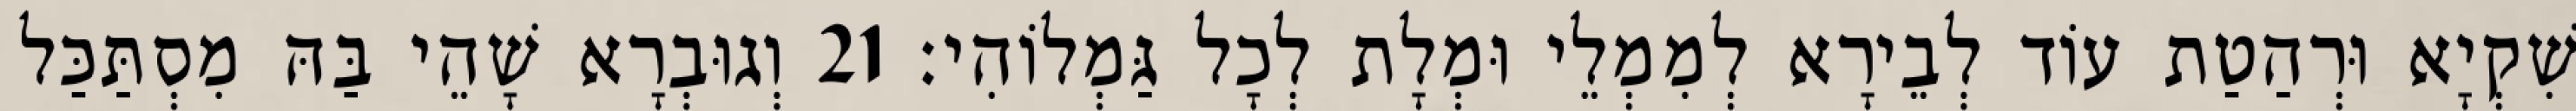
שִׁקְיָא וּרְהַטַת עוֹד לְבֵירָא לְמִמְלֵי וּמְלָת לְכָל גַּמְלוֹהִי׃ 21 וְגוּבְרָא שָׁהֵי בַּהּ מִסְתַּכַּל